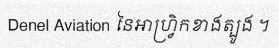
Denel Aviation នៃអាហ្វ្រិកខាងត្បូង ។